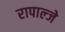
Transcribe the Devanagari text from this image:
रापाल्जे